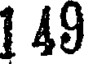
1 49